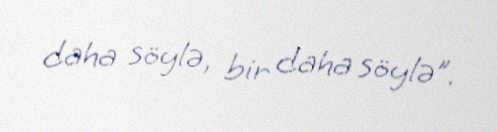
daha söylə, bir daha söylə”.